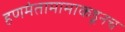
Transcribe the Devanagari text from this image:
हणमंतामामाकडूनच